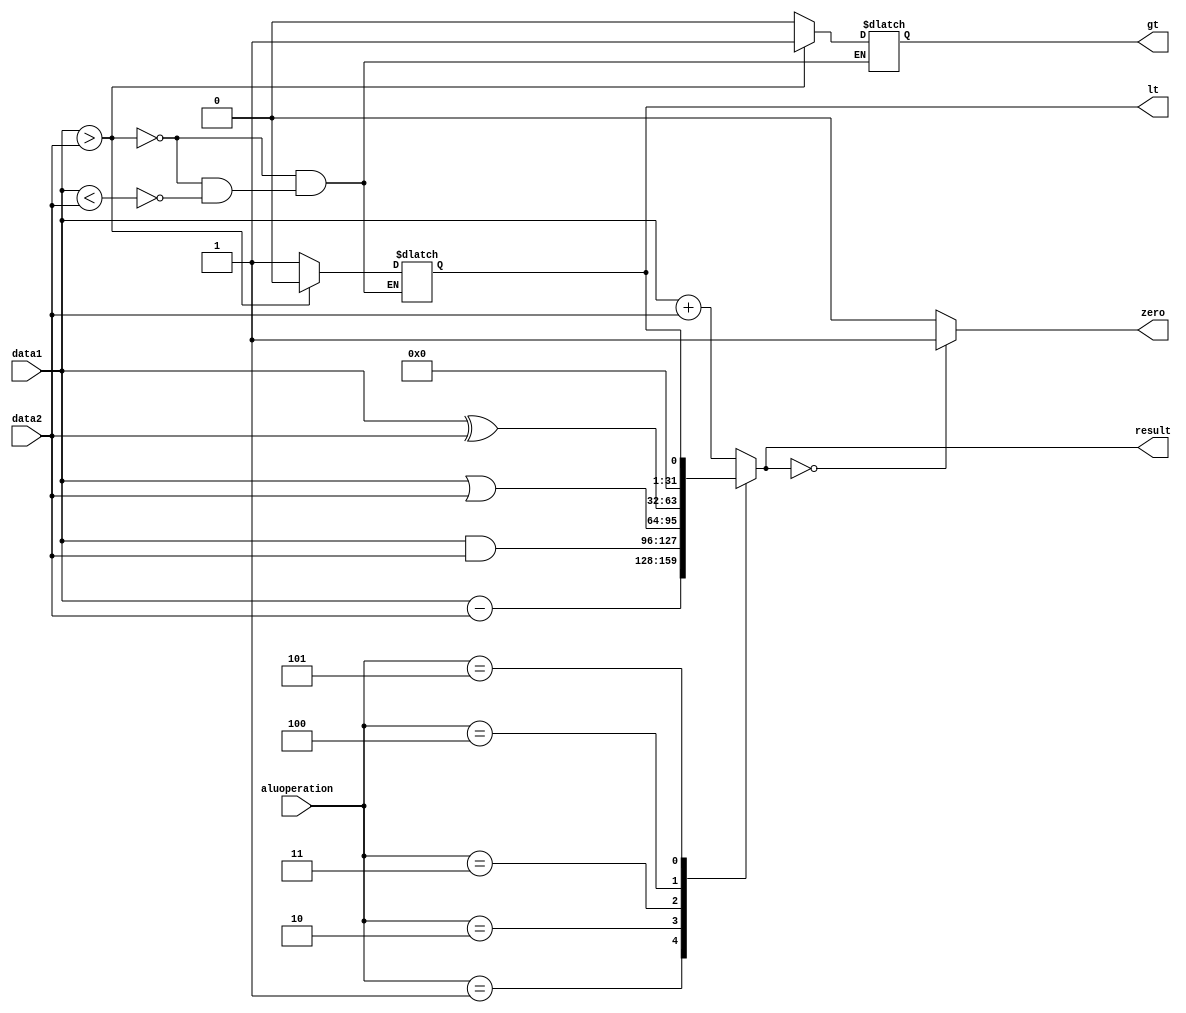
module ALU(input [31:0] data1,data2,input [3:0] aluoperation,output reg [31:0] result,output reg zero,lt,gt);
  always@(aluoperation,data1,data2)
  begin 
	   case (aluoperation)
      4'b0000 : result = data1 + data2; // ADD
      4'b0001 : result = data1 - data2; // SUB
      4'b0010 : result = data1 & data2; // AND
      4'b0011 : result = data1 | data2; // OR
      4'b0100 : result = data1 ^ data2; // XOR
      4'b0101 : result = {31'b0,lt};//slt
      // if you want to add new Alu instructions  add here
      default : result = data1 + data2; // ADD
    endcase
    if(data1>data2)
      begin
       gt = 1'b1;
       lt = 1'b0; 
      end else if(data1<data2)
      begin
       gt = 1'b0;
       lt = 1'b1;  
      end
      
    if (result==32'd0) zero=1'b1;
    else zero=1'b0;
  end

endmodule